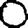
Digit: 0